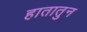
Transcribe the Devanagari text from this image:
हातातुन